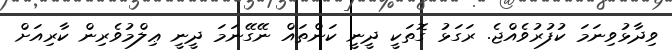
ވިދާޅުވިނަމަ ކުފުރުވެއްޖެ. ރަގަޅު ގޮތަކީ ދީނީ ކަންތައް ނޭގޭނަމަ ދީނީ ޢިލްމުވެރިން ކާރިއަށް